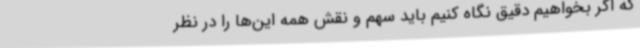
که اگر بخواهیم دقیق نگاه کنیم باید سهم و نقش همه این‌ها را در نظر